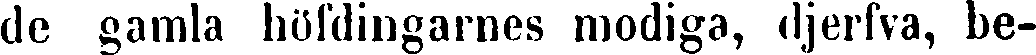
de gamla höfdingarnes modiga, djerfva, be-